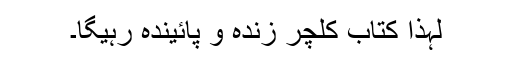
لہٰذا کتاب کلچر زندہ و پائیندہ رہیگا۔